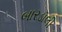
બારડૉલી